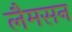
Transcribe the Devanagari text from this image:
लैमसन